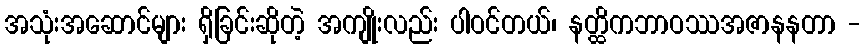
အသုံးအဆောင်များ ရှိခြင်းဆိုတဲ့ အကျိုးလည်း ပါဝင်တယ်၊ နတ္ထိကဘာဝဿအဇာနနတာ -